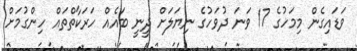
ވަޑައިގެން މިމަހުގެ 17 ވަނަ ދުވަހުގެ ނިޔަލަށް ދީނީ ބައެއް ހަރަކާތްތައް ހިންގުމަށް